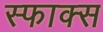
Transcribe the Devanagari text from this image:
स्फाक्स